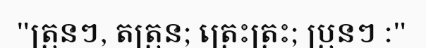
"ត្រុនៗ, តត្រុន; ត្រេះត្រះ; ប្រុនៗ :"